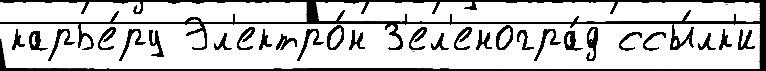
карье́ру Эл'ектро́н З'ел'еногра́д ссы́лк'и